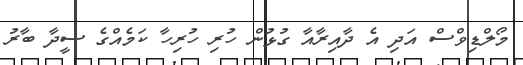
މޯލްޑިވްސް އަދި އެ ދާއިރާއާ ގުޅުން ހުރި ހުރިހާ ކަމެއްގެ ސީދާ ބާރު